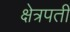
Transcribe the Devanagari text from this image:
क्षेत्रपती